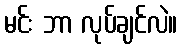
မင်း ဘာ လုပ်ချင်လဲ။